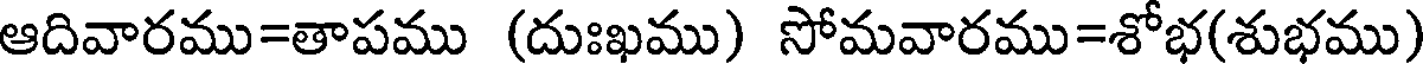
ఆదివారము=తాపము (దుఃఖము) సోమవారము=శోభ(శుభము)